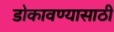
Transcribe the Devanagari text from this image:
डोकावण्यासाठी